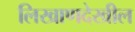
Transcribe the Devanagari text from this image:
लिखाणदेखील